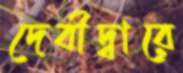
দেবীদ্বারে